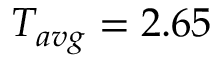
T _ { a v g } = 2 . 6 5